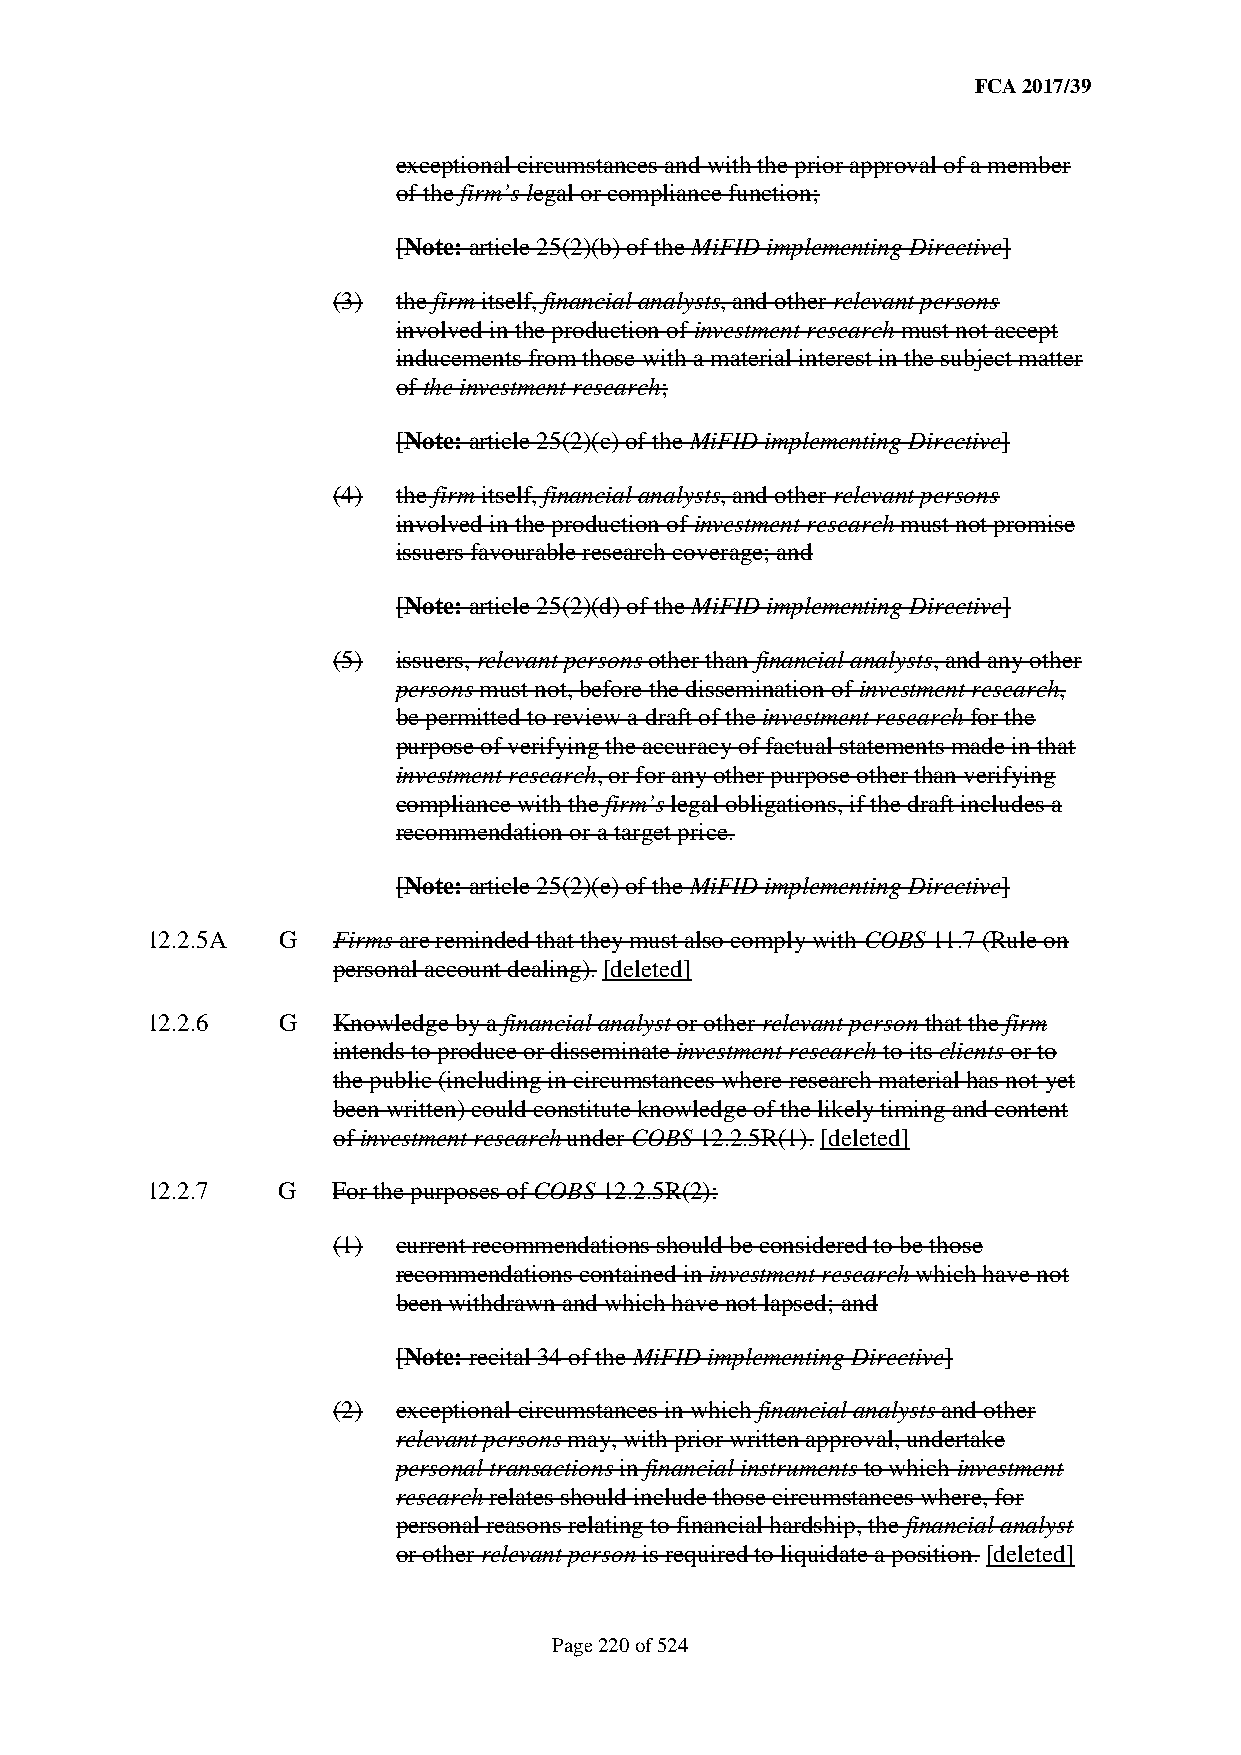
FCA 2017/39
 exceptional circumstances and with the prior approval of a member
 of the firm’s legal or compliance function;
 [Note: article 25(2)(b) of the MiFID implementing Directive]
 (3) the firm itself, financial analysts, and other relevant persons
 involved in the production of investment research must not accept
 inducements from those with a material interest in the subject matter
 of the investment research;
 [Note: article 25(2)(c) of the MiFID implementing Directive]
 (4) the firm itself, financial analysts, and other relevant persons
 involved in the production of investment research must not promise
 issuers favourable research coverage; and
 [Note: article 25(2)(d) of the MiFID implementing Directive]
 (5) issuers, relevant persons other than financial analysts, and any other
 persons must not, before the dissemination of investment research,
 be permitted to review a draft of the investment research for the
 purpose of verifying the accuracy of factual statements made in that
 investment research, or for any other purpose other than verifying
 compliance with the firm’s legal obligations, if the draft includes a
 recommendation or a target price.
 [Note: article 25(2)(e) of the MiFID implementing Directive]
 12.2.5A G   Firms are reminded that they must also comply with COBS 11.7 (Rule on
 personal account dealing). [deleted]
 12.2.6  G   Knowledge by a financial analyst or other relevant person that the firm
 intends to produce or disseminate investment research to its clients or to
 the public (including in circumstances where research material has not yet
 been written) could constitute knowledge of the likely timing and content
 of investment research under COBS 12.2.5R(1). [deleted]
 12.2.7  G   For the purposes of COBS 12.2.5R(2):
 (1) current recommendations should be considered to be those
 recommendations contained in investment research which have not
 been withdrawn and which have not lapsed; and
 [Note: recital 34 of the MiFID implementing Directive]
 (2) exceptional circumstances in which financial analysts and other
 relevant persons may, with prior written approval, undertake
 personal transactions in financial instruments to which investment
 research relates should include those circumstances where, for
 personal reasons relating to financial hardship, the financial analyst
 or other relevant person is required to liquidate a position. [deleted]
 Page 220 of 524